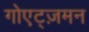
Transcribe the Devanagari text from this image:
गोएट्ज़मन